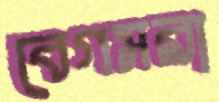
বেগমরা